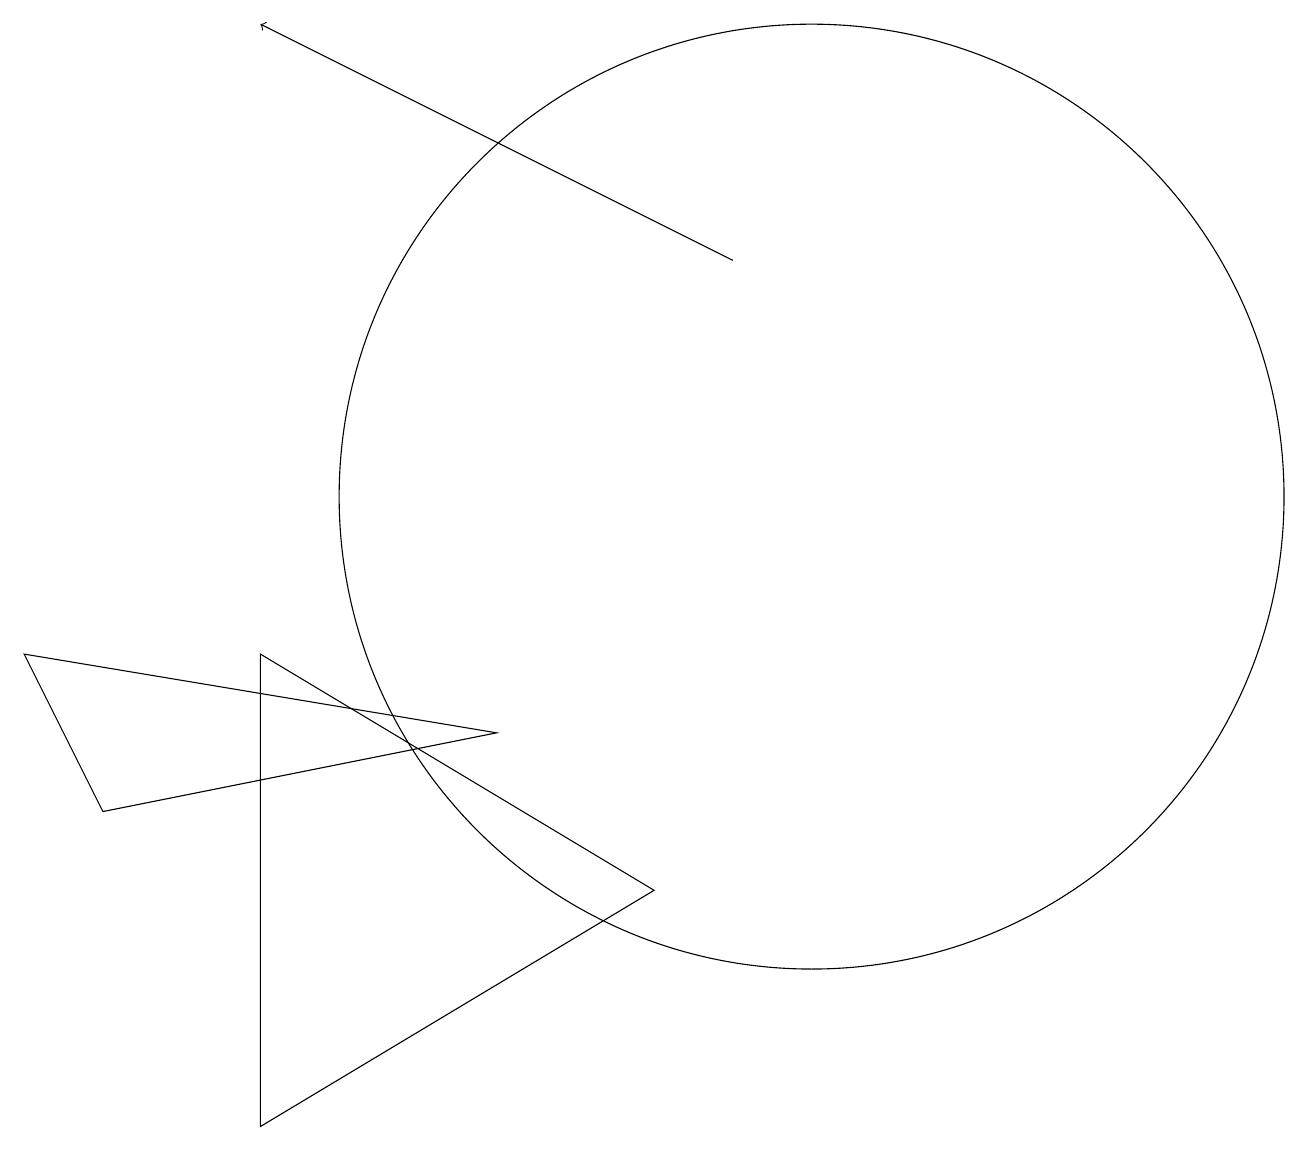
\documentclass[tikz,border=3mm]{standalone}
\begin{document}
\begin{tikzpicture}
\draw (0,8) -- (6,7) -- (1,6) -- cycle;
\draw (3,8) -- (3,2) -- (8,5) -- cycle;
\draw (10,10) circle (6);
\draw[->] (9,13) -- (3,16);
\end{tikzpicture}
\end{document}